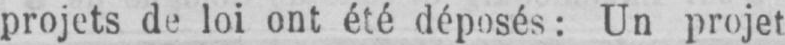
projets de loi ont été déposés: Un projet